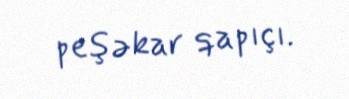
peşəkar qapıçı.